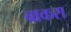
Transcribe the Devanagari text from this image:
बाकरा